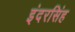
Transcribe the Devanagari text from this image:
इंदरसिंह